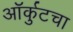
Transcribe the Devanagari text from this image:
ऑर्कुटचा